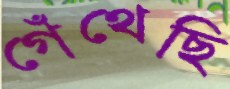
গেঁথেছি